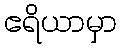
ဧရိယာမှာ